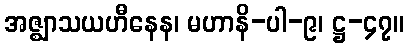
အဇ္ဈာသယဟီနေန၊ မဟာနိ-ပါ-၉၊ ဋ္ဌ-၄၇။